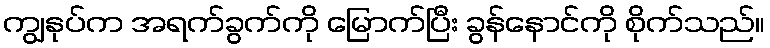
ကျွနုပ်က အရက်ခွက်ကို မြောက်ပြီး ခွန်နောင်ကို စိုက်သည်။